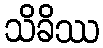
သိခိဿ